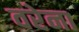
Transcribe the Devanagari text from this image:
वरेना